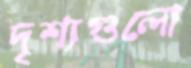
দৃশ্যগুলো